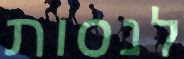
לנסות